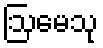
ဩမေသု